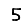
Digit: 5